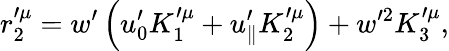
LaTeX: r_{2}^{\prime\mu}=w^{\prime}\left(u_{0}^{\prime}K_{1}^{\prime\mu}+u_{\parallel}^{\prime}K_{2}^{\prime\mu}\right)+w^{\prime 2}K_{3}^{\prime\mu},